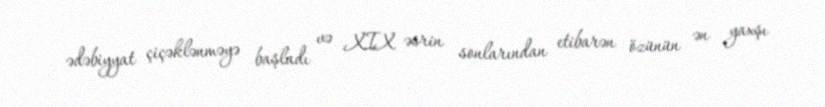
ədəbiyyat çiçəklənməyə başladı və XIX əsrin sonlarından etibarən özünün ən yaxşı